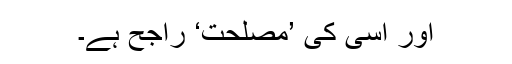
اور اسی کی ’مصلحت‘ راجح ہے۔